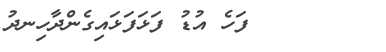
٣٧       ފަހެ އުޑު ފަޅަފަޅައިގެންދާހިނދު